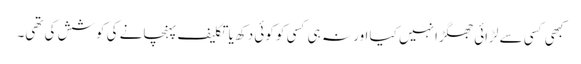
کبھی کسی سے لڑائی جھگڑا نہیں کیا اور نہ ہی کسی کو کوئی دکھ یا تکلیف پہنچانے کی کوشش کی تھی۔